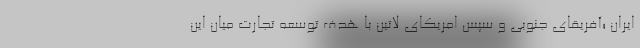
ایران ؛آفریقای جنوبی و سپس امریکای لاتین با هدف توسعه تجارت میان این